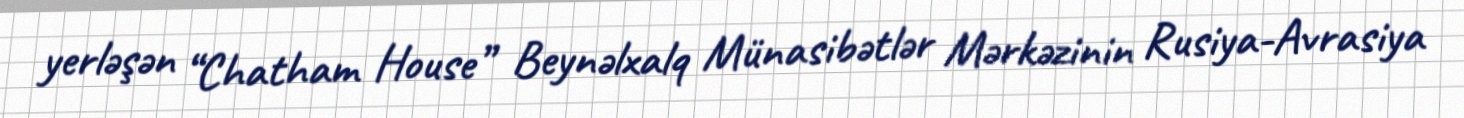
yerləşən “Chatham House” Beynəlxalq Münasibətlər Mərkəzinin Rusiya-Avrasiya